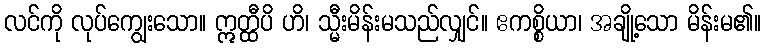
လင်ကို လုပ်ကျွေးသော။ ဣတ္ထီပိ ဟိ၊ သ္မီးမိန်းမသည်လျှင်။ ဧကစ္စိယာ၊ အချို့သော မိန်းမ၏။